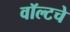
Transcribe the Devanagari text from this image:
वॉल्टचे